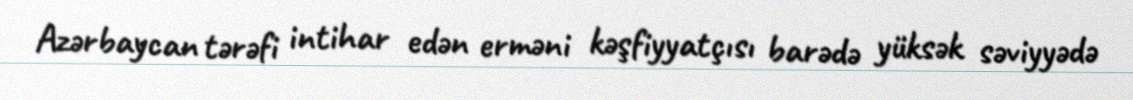
Azərbaycan tərəfi intihar edən erməni kəşfiyyatçısı barədə yüksək səviyyədə